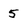
Character: 5